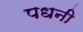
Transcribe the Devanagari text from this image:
पधनी